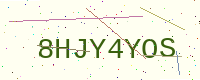
Text: 8HJY4YOS